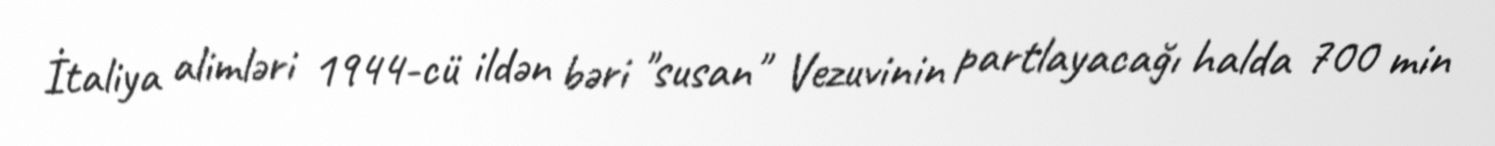
İtaliya alimləri 1944-cü ildən bəri "susan" Vezuvinin partlayacağı halda 700 min